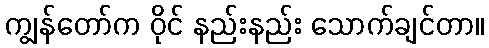
ကျွန်တော်က ဝိုင် နည်းနည်း သောက်ချင်တာ။